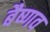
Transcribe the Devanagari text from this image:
बैष्णव